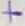
Text: +